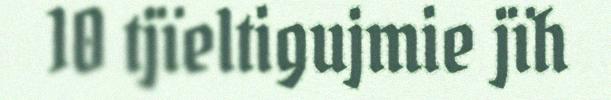
10 tjïeltigujmie jïh